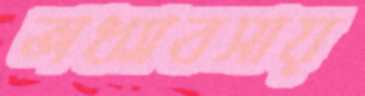
অধ্যাবসায়